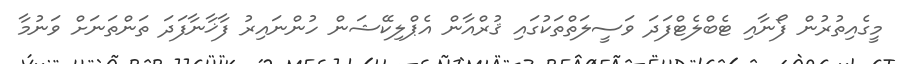
މީގެއިތުރުން ފޯނާއި ޓެބްލެޓްފަދަ ވަސީލަތްތަކުގައި ޤުރްއާން އެޕްލިކޭޝަން ހުންނައިރު ފާޚާނާފަދަ ތަންތަނަށް ވަނުމާ